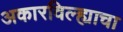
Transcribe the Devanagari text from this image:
अकारविल्ह्याचा